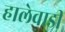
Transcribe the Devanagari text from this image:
हालेवाडी